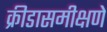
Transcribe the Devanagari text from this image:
क्रीडासमीक्षणे